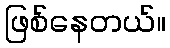
ဖြစ်နေတယ်။